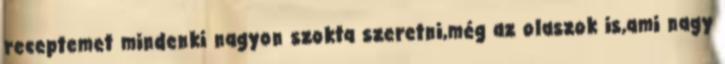
receptemet mindenki nagyon szokta szeretni,még az olaszok is,ami nagy